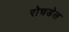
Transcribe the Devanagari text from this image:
रोचडेल